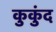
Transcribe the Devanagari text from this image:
कुकुंद